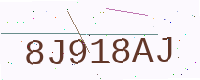
Text: 8J918AJ